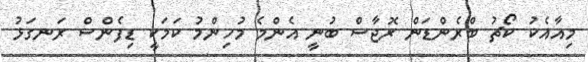
މިއާއެކު ކޯޗު ބްރެންޑަން ރޮޖާސް ބުނީ އެންމެ މުހިންމު ކަމަކީ ޑިފެންސް ރަނގަޅު